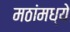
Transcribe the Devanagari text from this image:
मठांमध्ये